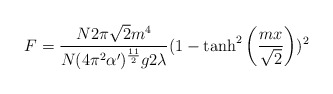
\begin{align*}F=\frac{N2\pi \sqrt{2}m^4}{N(4\pi^2\alpha')^{\frac{11}{2}}g2\lambda}(1-\tanh^2\left(\frac{mx}{\sqrt{2}}\right))^2\end{align*}